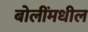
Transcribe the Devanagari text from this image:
बोलींमधील